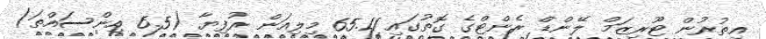
އިތުރުން ޓޫރިޒަމް ލޭންޑް ރެންޓްގެ ގޮތުގައި 65.11 މިލިއަން ރުފިޔާ (6.5 އިންސައްތަ)